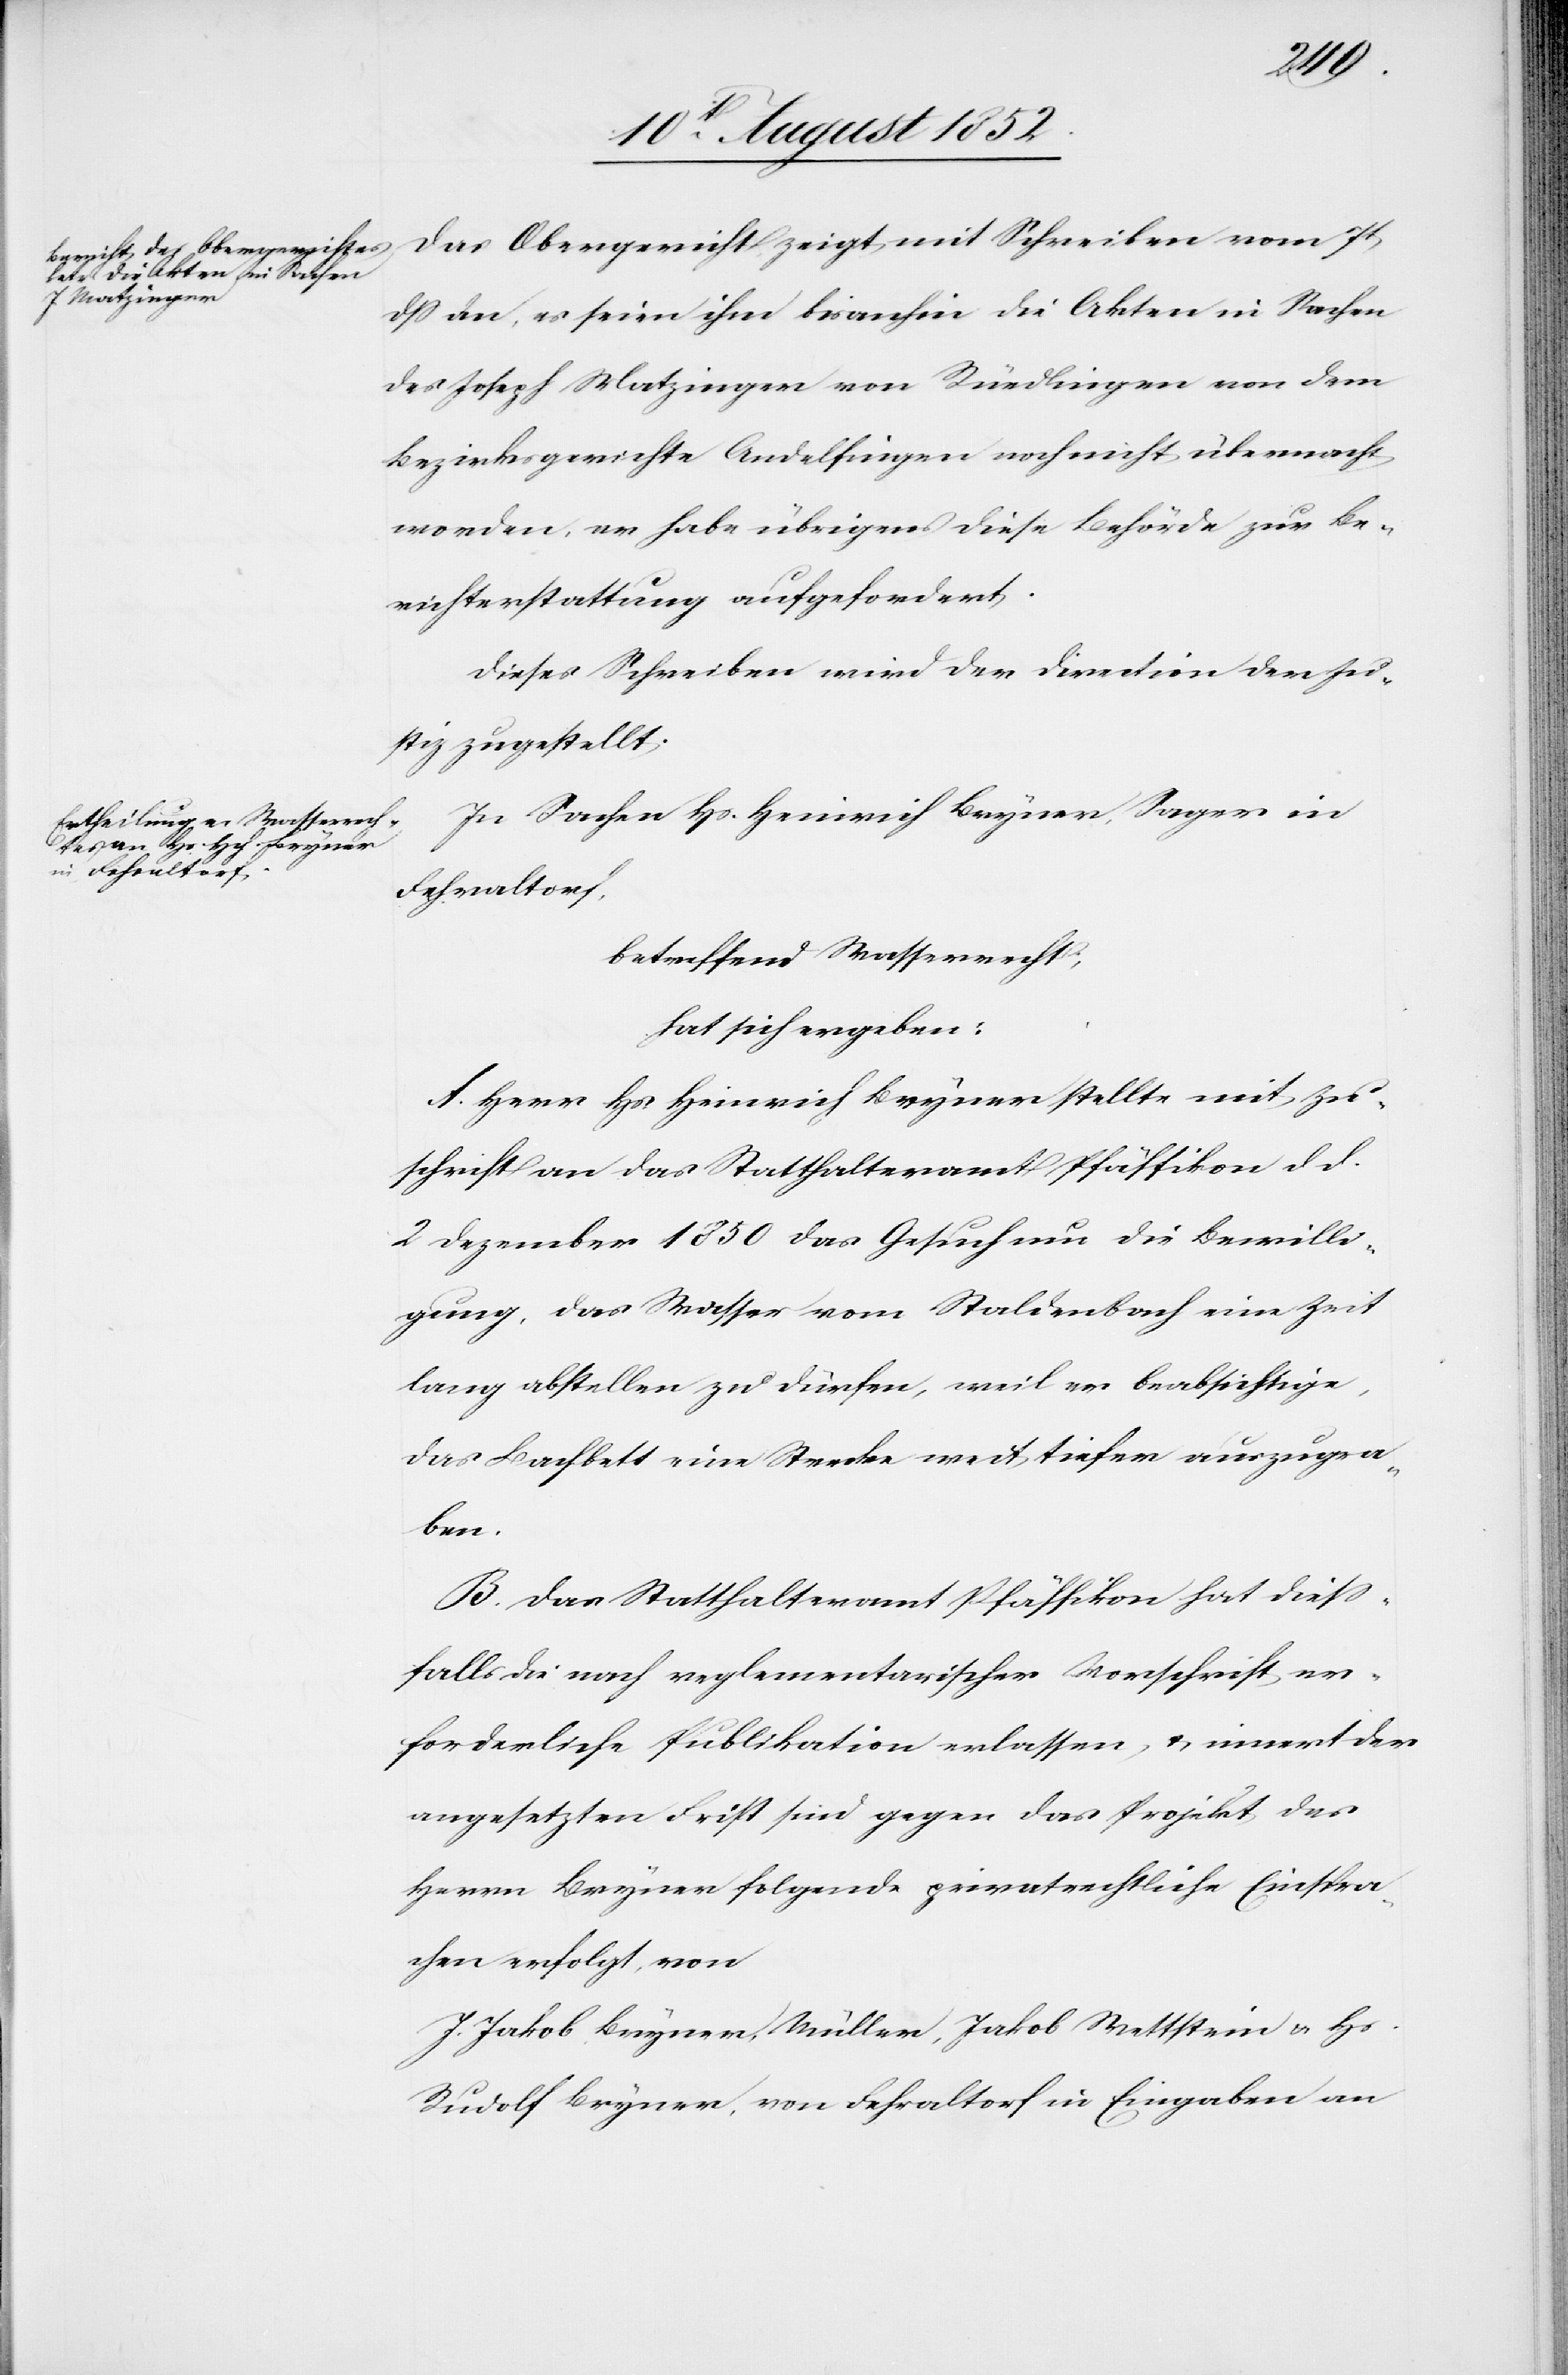
Das Obergericht zeigt mit Schreiben vom 7t
dss an, es seien ihm bisanhin die Akten in Sachen
des Joseph Matzinger von Rüedlingen von dem
Bezirksgerichte Andelfingen noch nicht übermacht
worden, er [sic!] habe übrigens diese Behörde zur Be¬
richterstattung aufgefordert.
Dieses Schreiben wird der Direction der Ju¬
stiz zugestellt.
In Sachen Hs. Heinrich Bryner, Sager in
Fehraltorf,
betreffend Wasserrecht;
hat sich ergeben:
A. Herr Hs. Heinrich Bryner stellte mit Zu¬
schrift an das Statthalteramt Pfäffikon d d.
2 Dezember 1850 das Gesuch um die Bewilli¬
gung, das Wasser vom Staldenbach eine Zeit
lang abstellen zu dürfen, weil er beabsichtige,
das Bachbett eine Strecke weit tiefer auszugra¬
ben.
B. Das Statthalteramt Pfäffikon hat diess¬
falls die nach reglementarischer Vorschrift er¬
forderliche Publikation erlassen, & innert der
angesetzten Frist sind gegen das Projekt des
Herrn Bryner folgende privatrechtliche Einspra¬
chen erfolgt, von
J. Jakob Bryner, Müller, Jakob Wettstein & Hs.
Rudolf Bryner, von Fehraltorf in Eingaben an